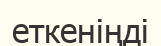
еткеніңді